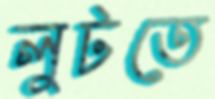
লুটতে